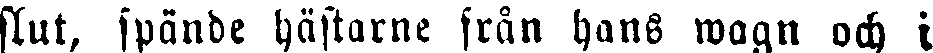
slut, spände hästarne från hans wagn och i